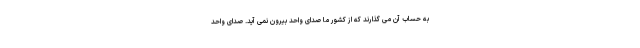
به حساب آن می گذارند که از کشور ما صدای واحد بیرون نمی آید. صدای واحد